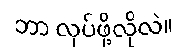
ဘာ လုပ်ဖို့လိုလဲ။